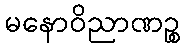
မနောဝိညာဏဉ္စ